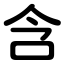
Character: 含